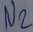
Text: N2